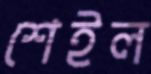
শেইল